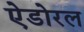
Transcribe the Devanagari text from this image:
ऐडोरल